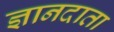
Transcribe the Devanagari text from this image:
ज्ञानदाता